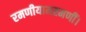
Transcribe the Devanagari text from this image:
रमणीयामरमणीं।